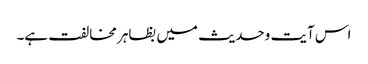
اس آیت وحدیث میں بظاہر مخالفت ہے۔